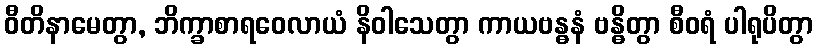
ဝီတိနာမေတွာ, ဘိက္ခာစာရဝေလာယံ နိဝါသေတွာ ကာယဗန္ဓနံ ဗန္ဓိတွာ စီဝရံ ပါရုပိတွာ